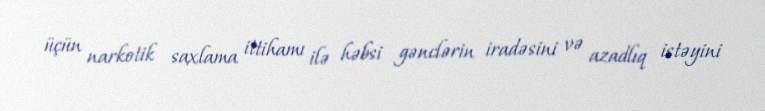
üçün narkotik saxlama ittihamı ilə həbsi gənclərin iradəsini və azadlıq istəyini